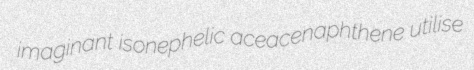
imaginant isonephelic aceacenaphthene utilise